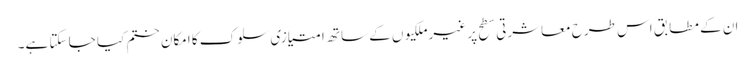
ان کے مطابق اس طرح معاشرتی سطح پر غیرملکیوں کے ساتھ امتیازی سلوک کا امکان ختم کیا جا سکتا ہے۔